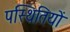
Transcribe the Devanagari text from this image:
पस्थितियों